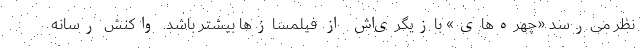
نظر می‌رسد «چهره‌های» بازیگری‌اش از فیلمسازها بیشتر باشد. واکنش رسانه